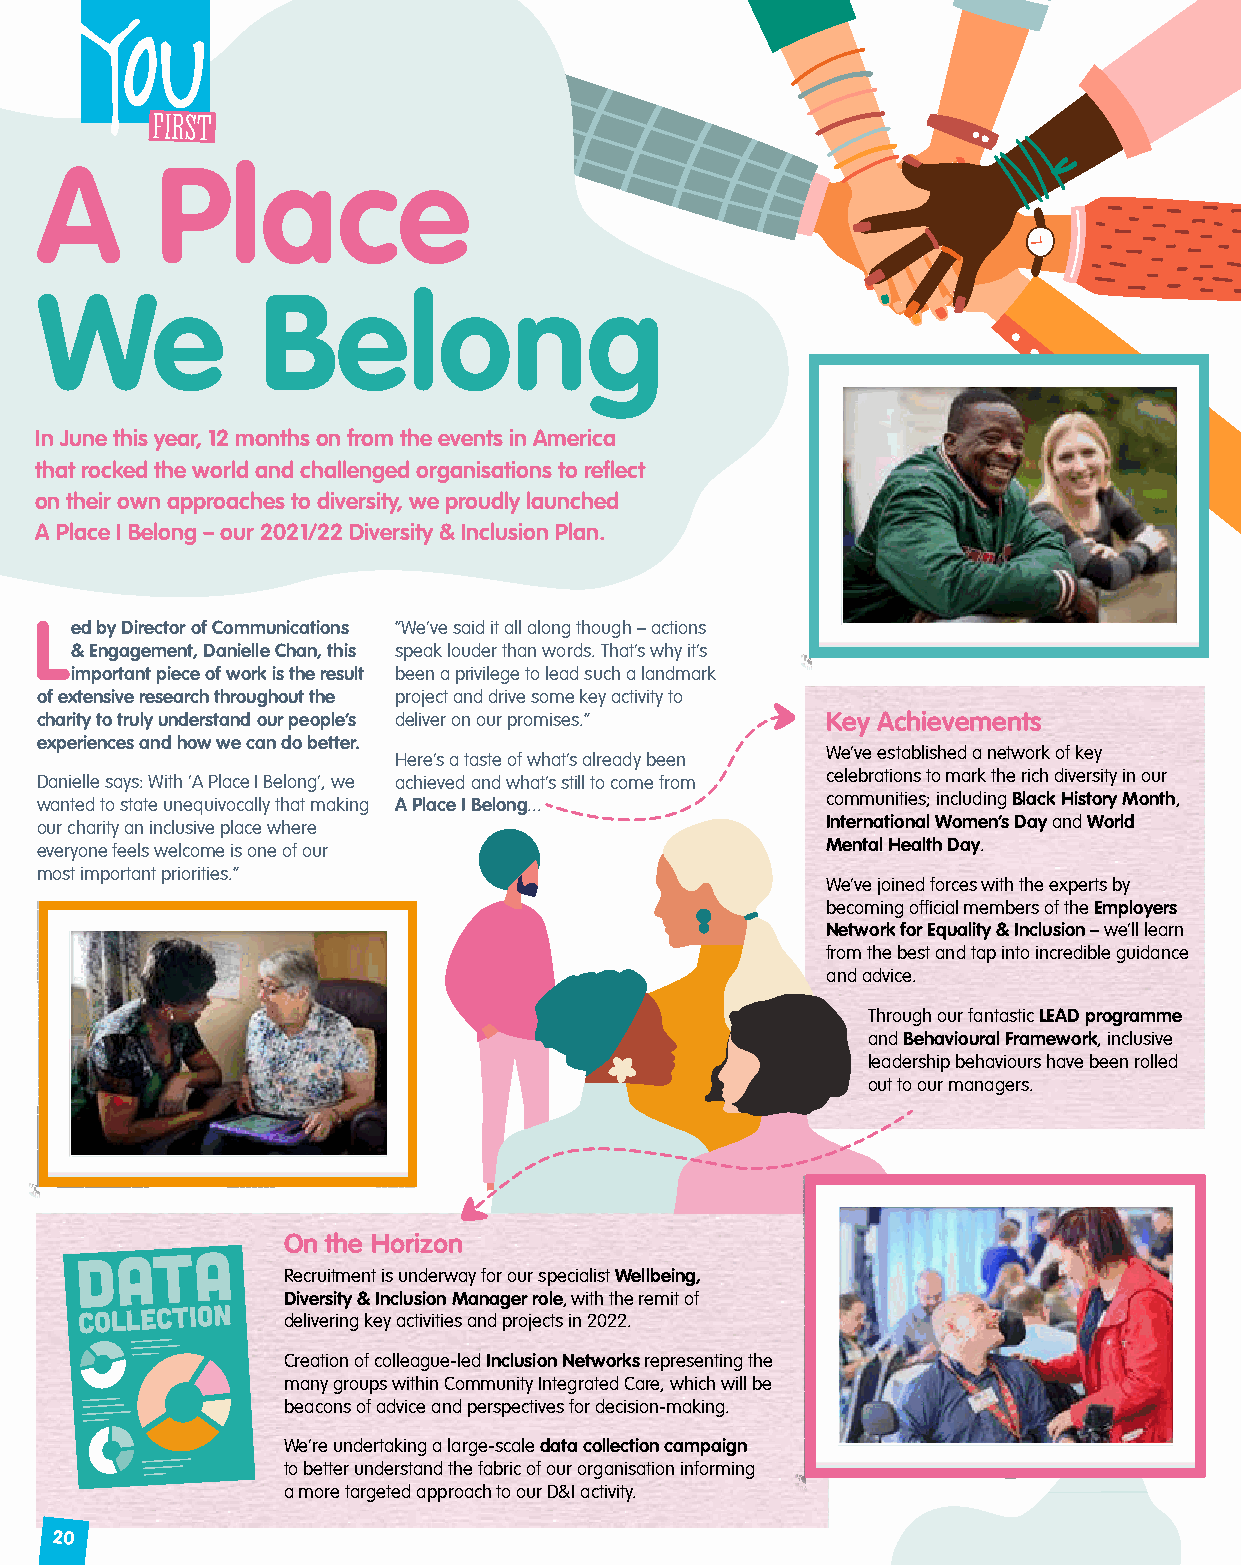
A       Place
 We             Belong
 In June this year, 12 months on from the events in America
 that rocked the world and challenged organisations to reflect
 on their own approaches to diversity, we proudly launched
 A Place I Belong – our 2021/22 Diversity & Inclusion Plan.
 Led by Director of Communications “We’ve said it all along though – actions
 & Engagement, Danielle Chan, this speak louder than words. That’s why it’s
 important piece of work is the result been a privilege to lead such a landmark
 of extensive research throughout the project and drive some key activity to
 charity to truly understand our people’s deliver on our promises.” Key Achievements
 experiences and how we can do better.
 Here’s a taste of what’s already been We’ve established a network of key
 Danielle says: With ‘A Place I Belong’, we achieved and what’s still to come from celebrations to mark the rich diversity in our
 wanted to state unequivocally that making A Place I Belong... communities; including Black History Month,
 our charity an inclusive place where                 International Women’s Day and World
 everyone feels welcome is one of our                 Mental Health Day.
 most important priorities.”
 We’ve joined forces with the experts by
 becoming official members of the Employers
 Network for Equality & Inclusion – we’ll learn
 from the best and tap into incredible guidance
 and advice.
 Through our fantastic LEAD programme
 and Behavioural Framework, inclusive
 leadership behaviours have been rolled
 out to our managers.
 On the Horizon
 Recruitment is underway for our specialist Wellbeing,
 Diversity & Inclusion Manager role, with the remit of
 delivering key activities and projects in 2022.
 Creation of colleague-led Inclusion Networks representing the
 many groups within Community Integrated Care, which will be
 beacons of advice and perspectives for decision-making.
 We’re undertaking a large-scale data collection campaign
 to better understand the fabric of our organisation informing
 a more targeted approach to our D&I activity.
 20